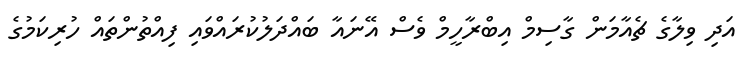
އަދި ވިލާގެ ޗެއާމަން ގާސިމް އިބްރާހީމް ވެސް އޭނައާ ބައްދަލުކުރައްވައި ފިއްތުންތައް ހުރިކަމުގެ